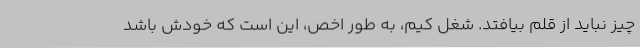
چیز نباید از قلم بیافتد. شغل کیم، به طور اخص، این است که خودش باشد